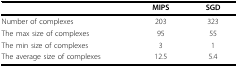
<table><thead><tr><td>[EMPTY_CELL]</td><td><b>MIPS</b></td><td><b>SGD</b></td></tr></thead><tbody><tr><td>Number of complexes</td><td>203</td><td>323</td></tr><tr><td>The max size of complexes</td><td>95</td><td>55</td></tr><tr><td>The min size of complexes</td><td>3</td><td>1</td></tr><tr><td>The average size of complexes</td><td>12.5</td><td>5.4</td></tr></tbody></table>